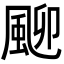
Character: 𩖴